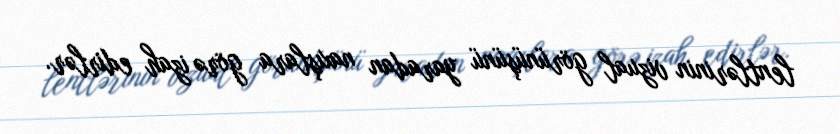
lentlərinin vizual görünüşünü yaradan naxışlara görə izah edirlər.